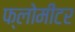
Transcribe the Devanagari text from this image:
फ्लोमीटर